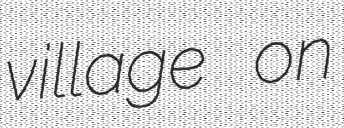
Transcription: village on